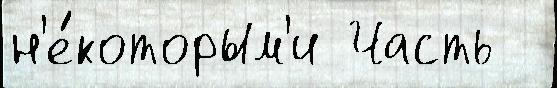
н'е́которым'и Часть